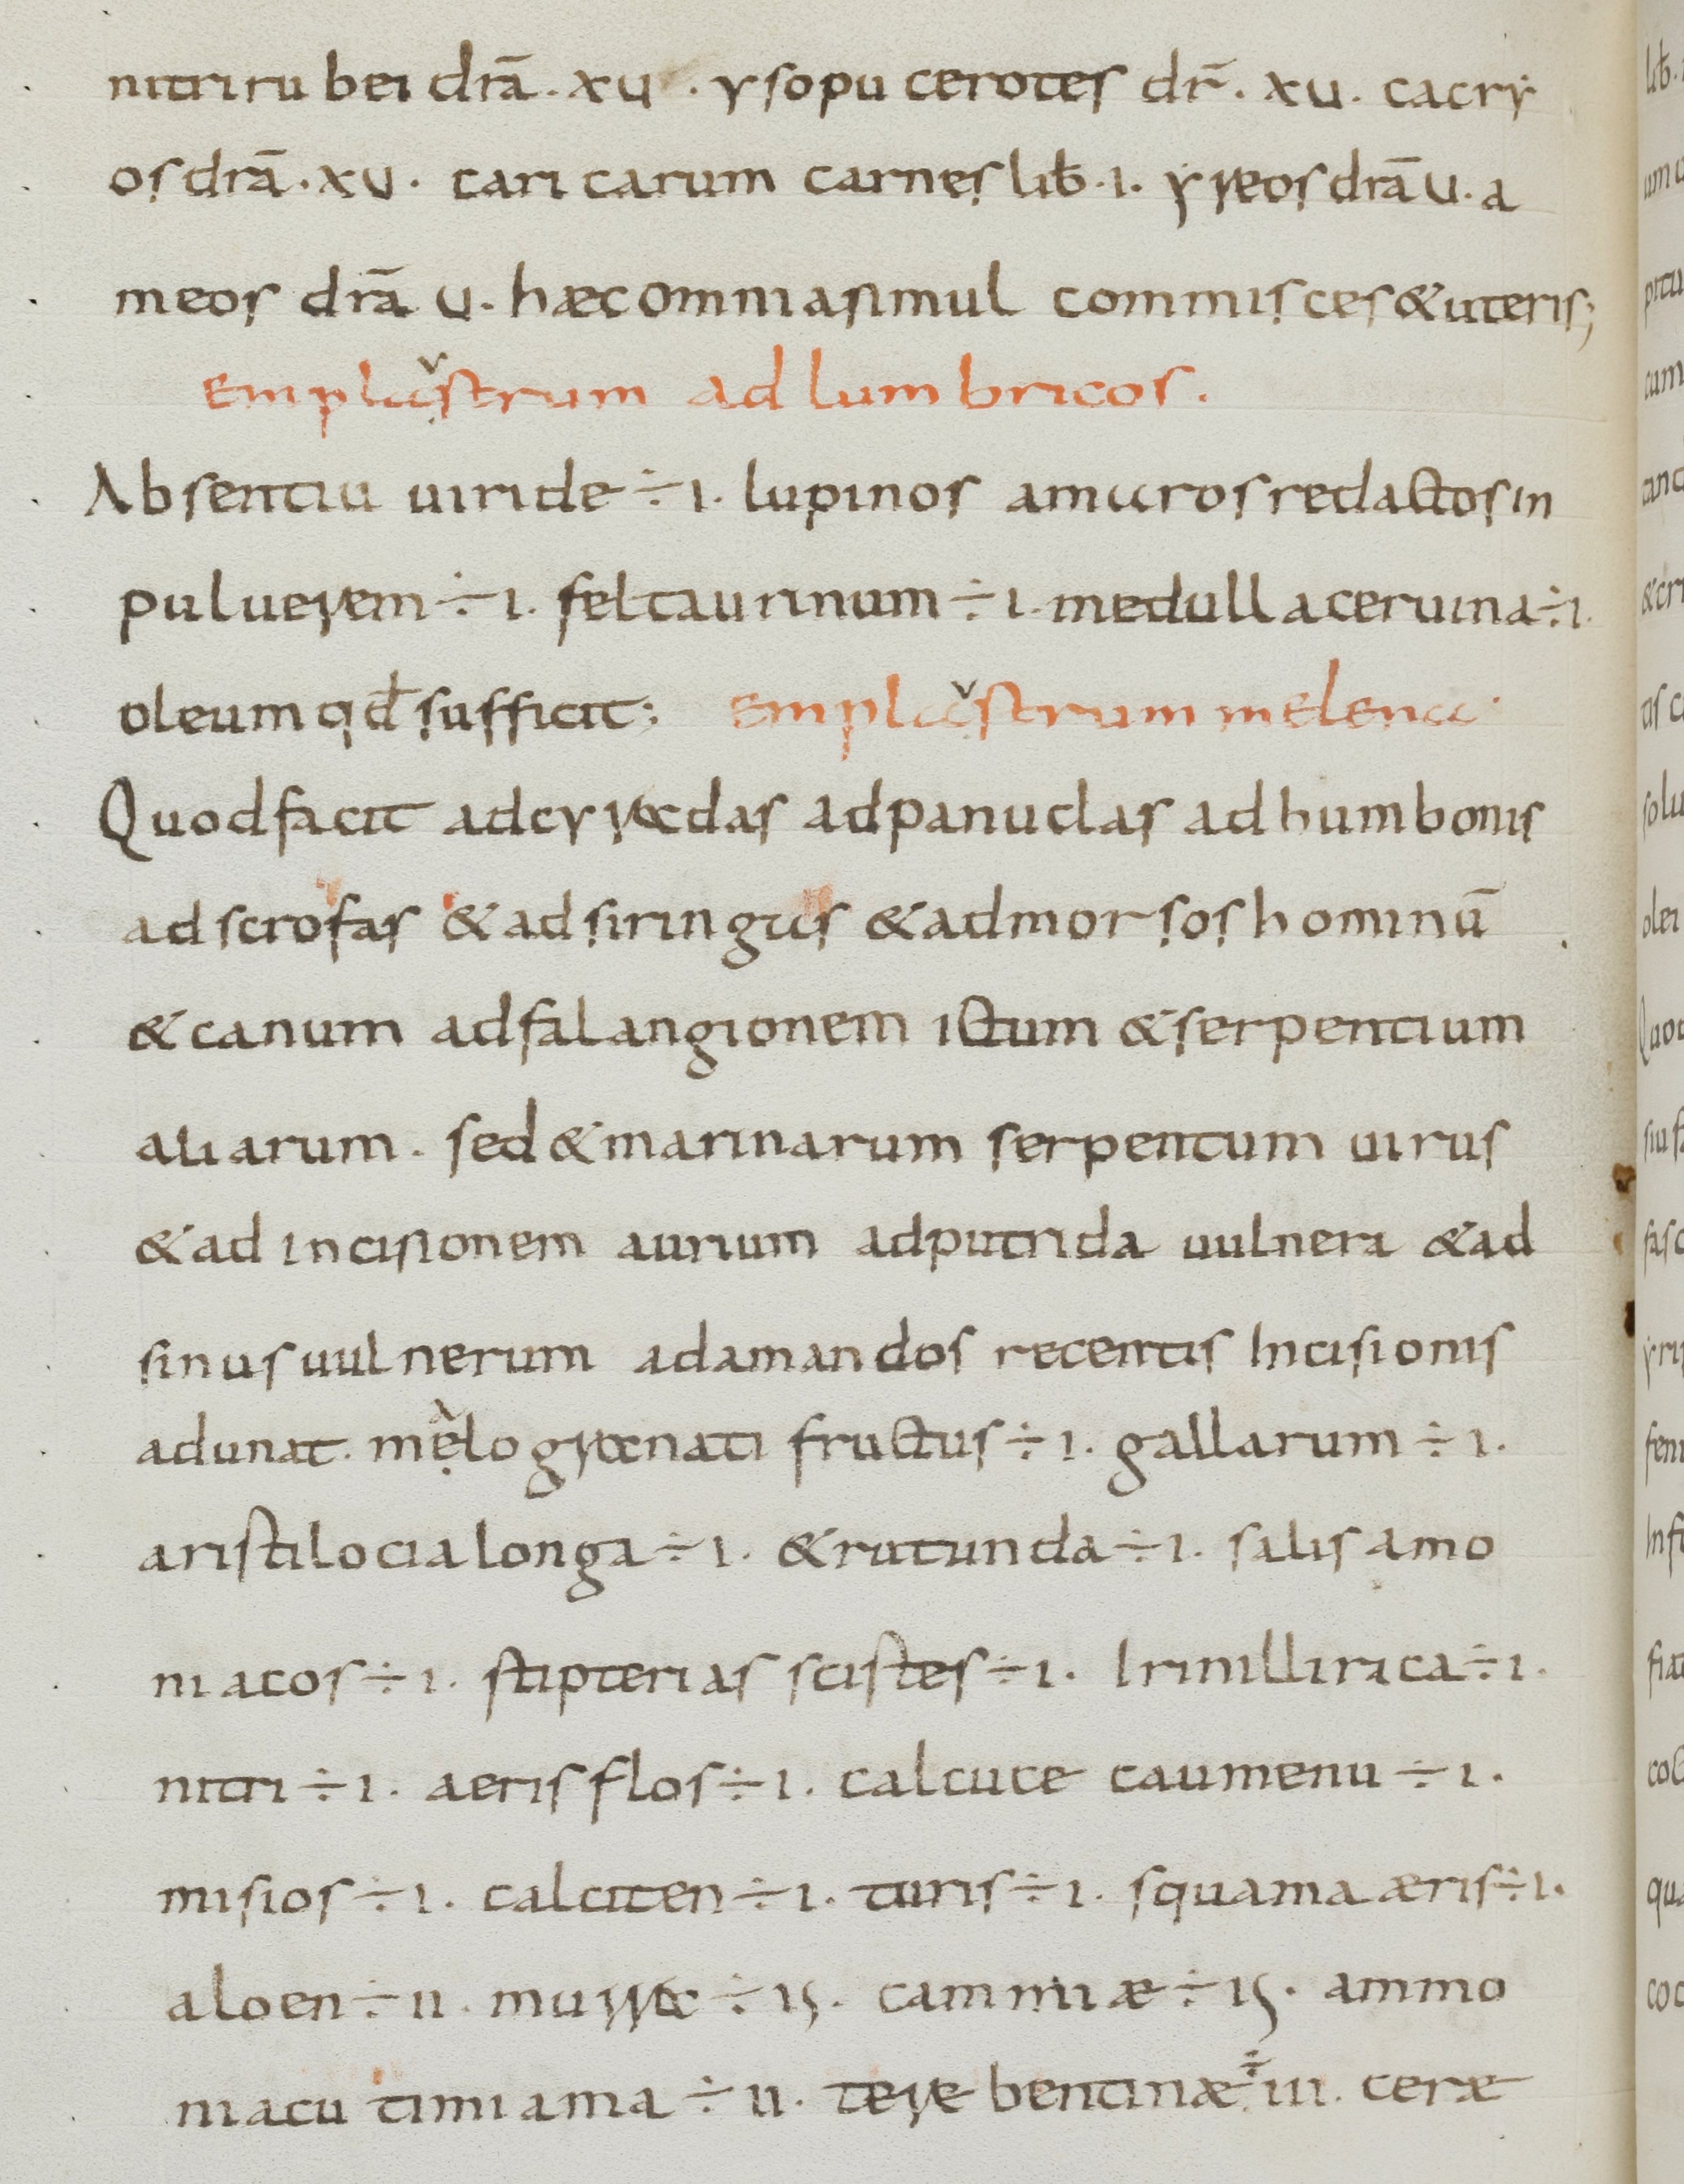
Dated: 800–849